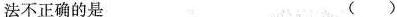
法不正确的是 ( )